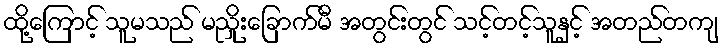
ထို့ကြောင့် သူမသည် မညှိုးခြောက်မီ အတွင်းတွင် သင့်တင့်သူနှင့် အတည်တကျ